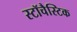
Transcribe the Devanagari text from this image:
स्टॉचैस्टिक